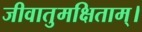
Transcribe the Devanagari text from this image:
जीवातुमक्षिताम्।